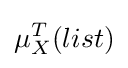
\mu _{X}^{T}(list)